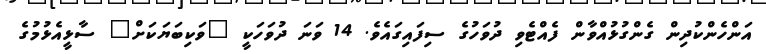
އަންހެންކުދިން ގެންގުޅުއްވާން ފެއްޓެވި ދުވަހުގެ ސިފައިގައެވެ. 14 ވަނަ ދުވަހަކީ "ވަކިބަޔަކަށް" ސާޅީއެޅުމުގެ